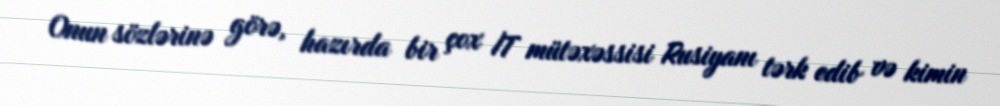
Onun sözlərinə görə, hazırda bir çox İT mütəxəssisi Rusiyanı tərk edib və kimin